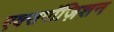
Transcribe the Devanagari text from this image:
एक्सपॉज़िशन